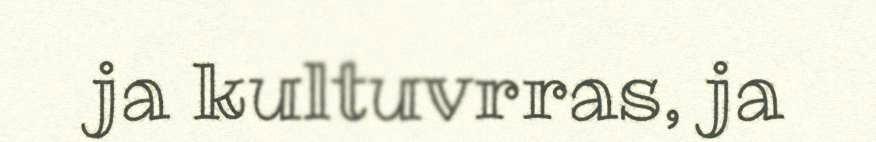
ja kultuvrras, ja